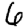
Digit: 6